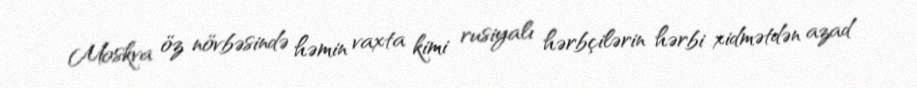
Moskva öz növbəsində həmin vaxta kimi rusiyalı hərbçilərin hərbi xidmətdən azad